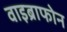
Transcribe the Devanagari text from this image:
वाइब्राफोन